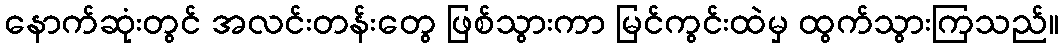
နောက်ဆုံးတွင် အလင်းတန်းတွေ ဖြစ်သွားကာ မြင်ကွင်းထဲမှ ထွက်သွားကြသည်။